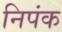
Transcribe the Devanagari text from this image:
निपंक